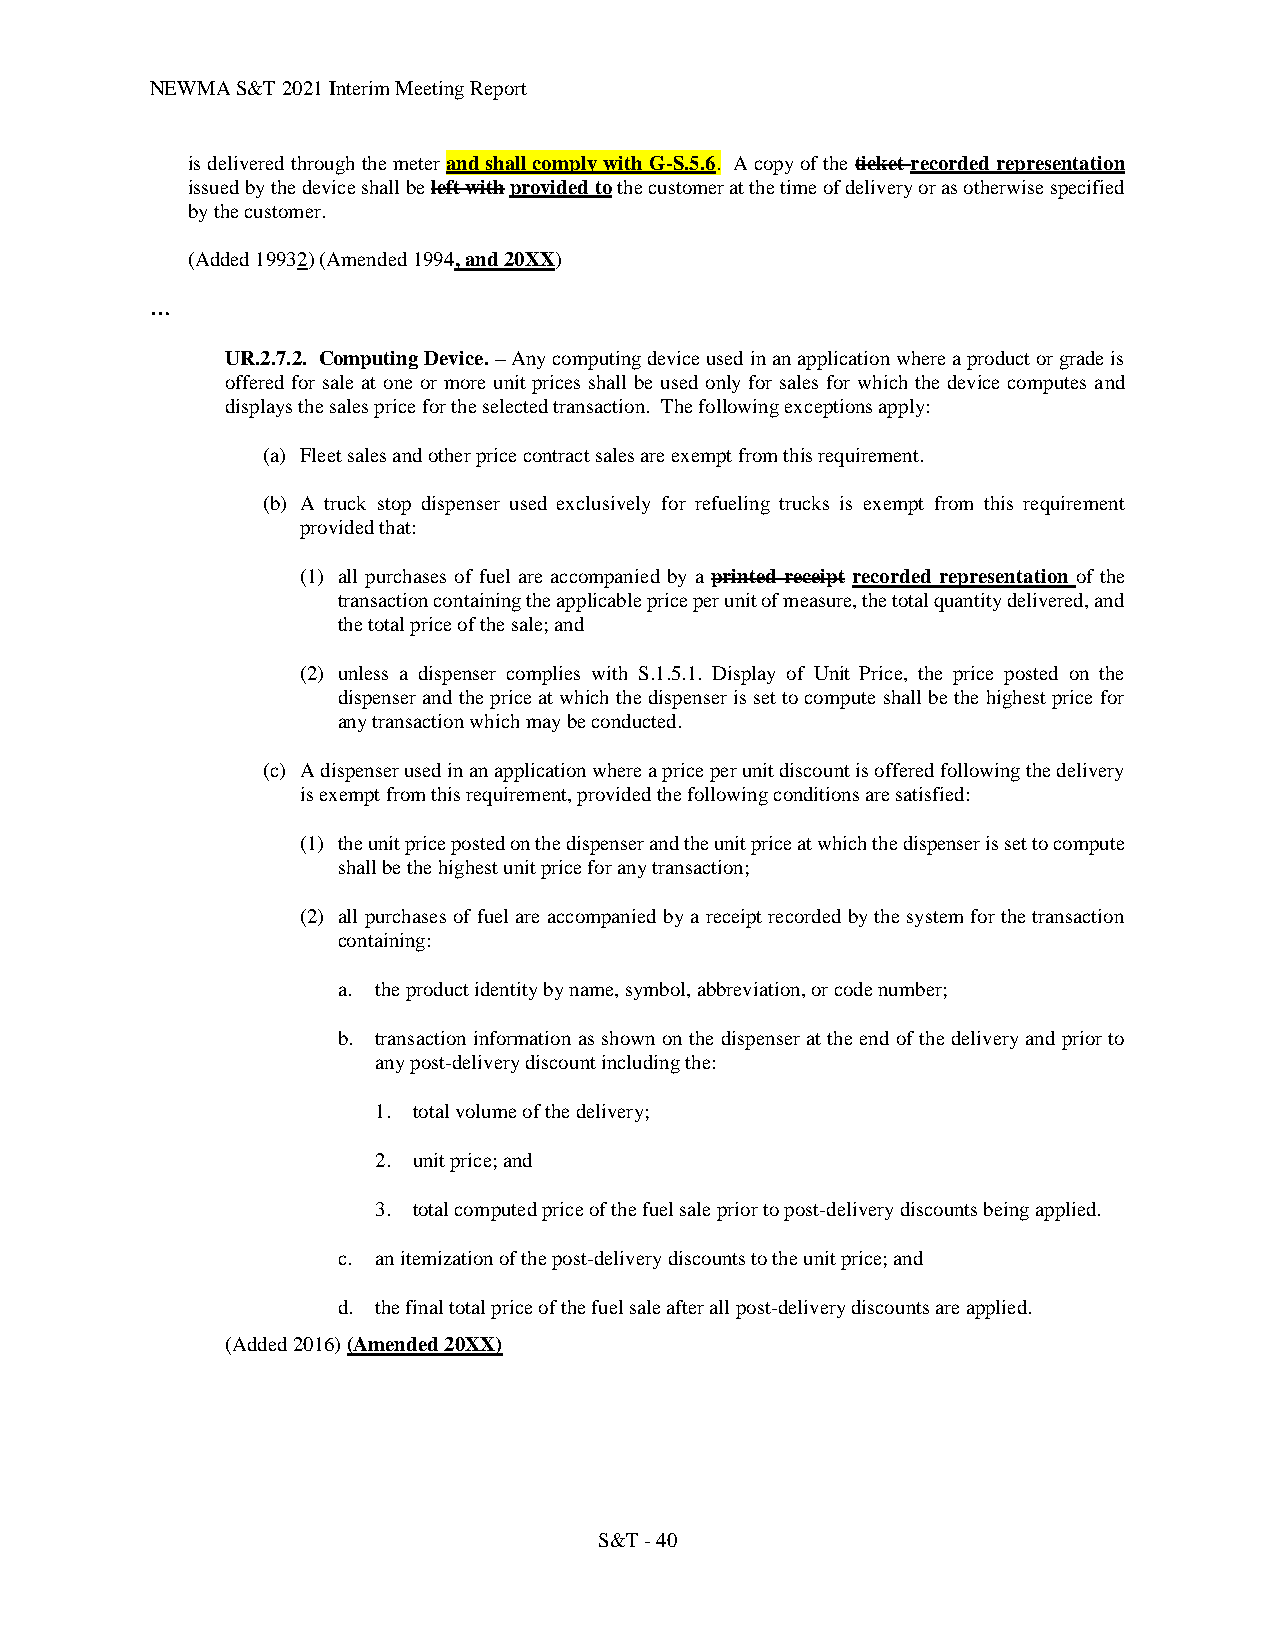
NEWMA S&T 2021 Interim Meeting Report
 is delivered through the meter and shall comply with G-S.5.6. A copy of the ticket recorded representation
 issued by the device shall be left with provided to the customer at the time of delivery or as otherwise specified
 by the customer.
 (Added 19932) (Amended 1994, and 20XX)
 …
 UR.2.7.2. Computing Device. – Any computing device used in an application where a product or grade is
 offered for sale at one or more unit prices shall be used only for sales for which the device computes and
 displays the sales price for the selected transaction. The following exceptions apply:
 (a) Fleet sales and other price contract sales are exempt from this requirement.
 (b) A truck stop dispenser used exclusively for refueling trucks is exempt from this requirement
 provided that:
 (1) all purchases of fuel are accompanied by a printed receipt recorded representation of the
 transaction containing the applicable price per unit of measure, the total quantity delivered, and
 the total price of the sale; and
 (2) unless a dispenser complies with S.1.5.1. Display of Unit Price, the price posted on the
 dispenser and the price at which the dispenser is set to compute shall be the highest price for
 any transaction which may be conducted.
 (c) A dispenser used in an application where a price per unit discount is offered following the delivery
 is exempt from this requirement, provided the following conditions are satisfied:
 (1) the unit price posted on the dispenser and the unit price at which the dispenser is set to compute
 shall be the highest unit price for any transaction;
 (2) all purchases of fuel are accompanied by a receipt recorded by the system for the transaction
 containing:
 a. the product identity by name, symbol, abbreviation, or code number;
 b. transaction information as shown on the dispenser at the end of the delivery and prior to
 any post-delivery discount including the:
 1. total volume of the delivery;
 2. unit price; and
 3. total computed price of the fuel sale prior to post-delivery discounts being applied.
 c. an itemization of the post-delivery discounts to the unit price; and
 d. the final total price of the fuel sale after all post-delivery discounts are applied.
 (Added 2016) (Amended 20XX)
 S&T - 40